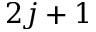
2 j + 1